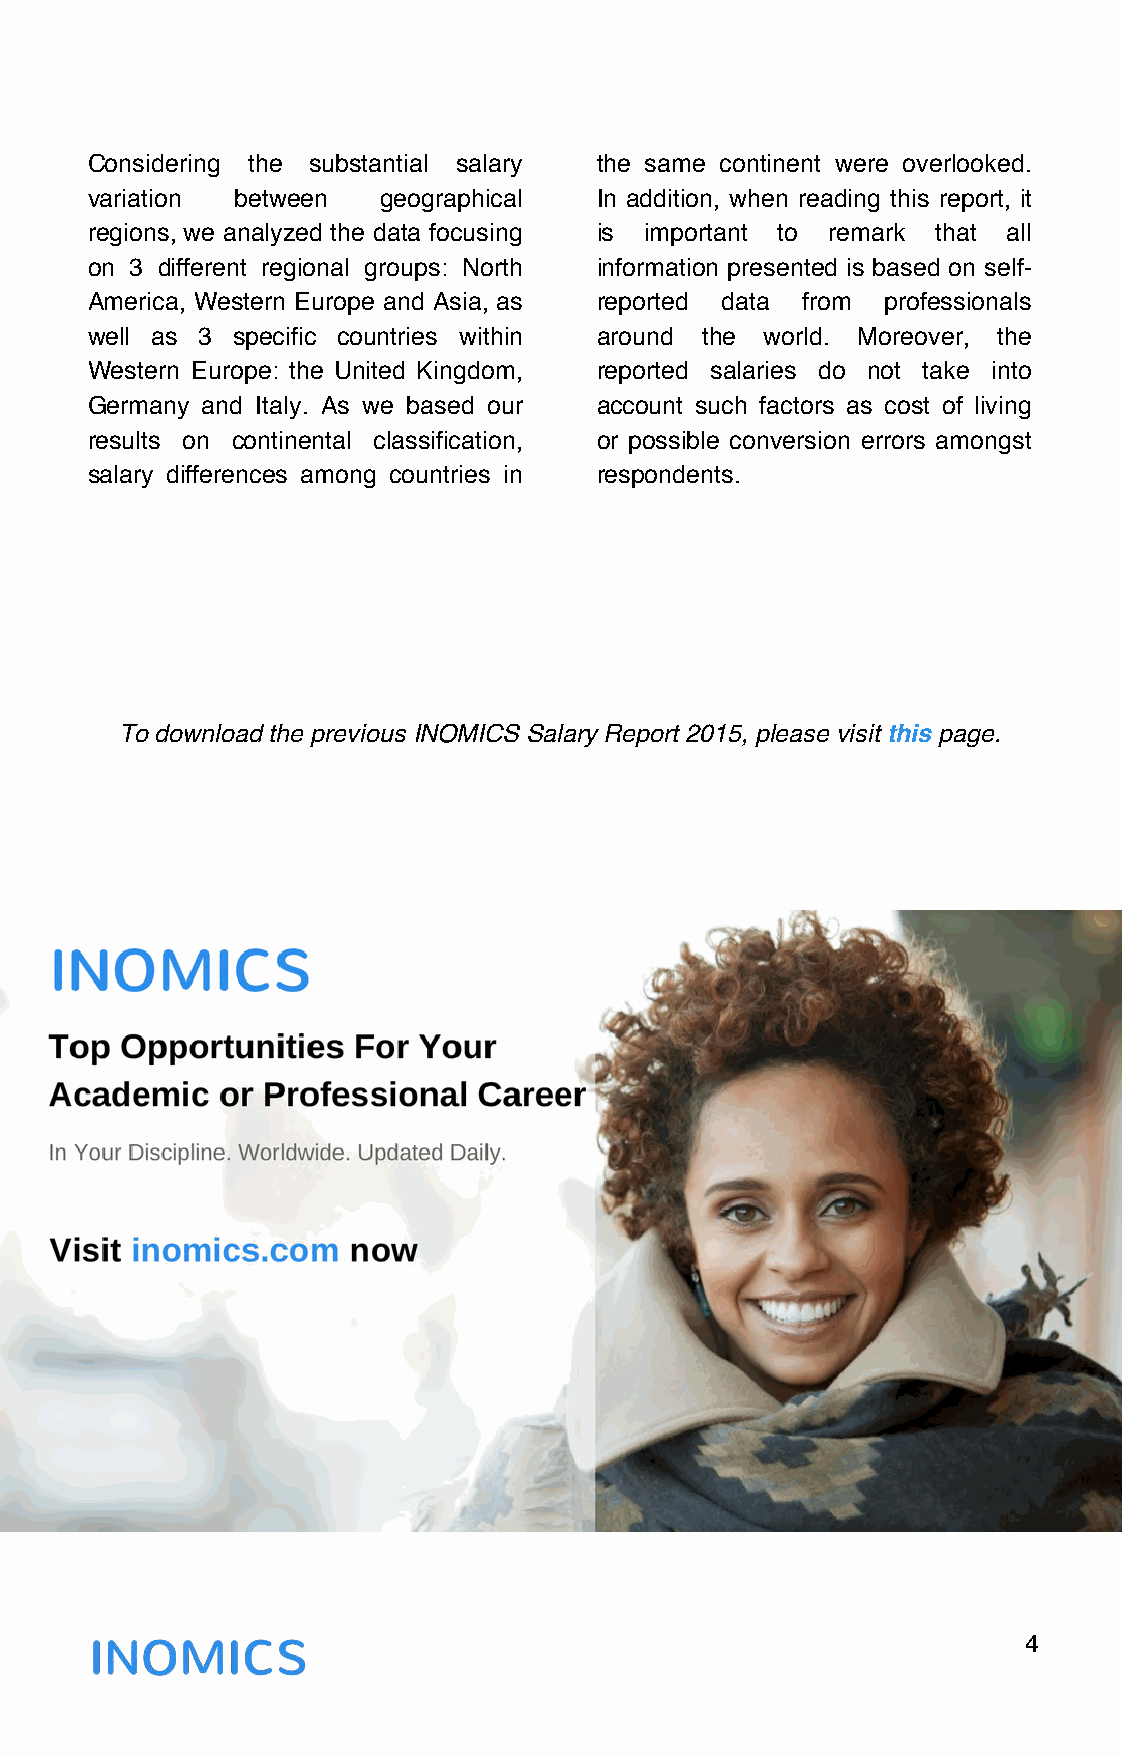
Considering the substantial salary the same continent were overlooked.
 variation between  geographical  In addition, when reading this report, it
 regions, we analyzed the data focusing is important to remark that all
 on 3 different regional groups: North information presented is based on self-
 America, Western Europe and Asia, as reported data from professionals
 well as 3 specific countries within around the world. Moreover, the
 Western Europe: the United Kingdom, reported salaries do not take into
 Germany and Italy. As we based our account such factors as cost of living
 results on continental classification, or possible conversion errors amongst
 salary differences among countries in respondents.
 To download the previous INOMICS Salary Report 2015, please visit this page.
 4
 !